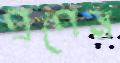
প্রপেন